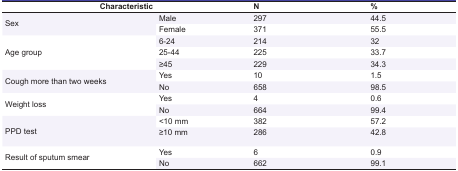
<table><thead><tr><td colspan="2"><b>Characteristic</b></td><td><b>N</b></td><td><b>%</b></td></tr></thead><tbody><tr><td rowspan="2"> Sex </td><td> Male </td><td> 297 </td><td> 44.5 </td></tr><tr><td> Female </td><td> 371 </td><td> 55.5 </td></tr><tr><td rowspan="3"> Age group </td><td> 6-24 </td><td> 214 </td><td> 32 </td></tr><tr><td> 25-44 </td><td> 225 </td><td> 33.7 </td></tr><tr><td> ≥45 </td><td> 229 </td><td> 34.3 </td></tr><tr><td rowspan="2"> Cough more than two weeks </td><td> Yes </td><td> 10 </td><td> 1.5 </td></tr><tr><td> No </td><td> 658 </td><td> 98.5 </td></tr><tr><td rowspan="2"> Weight loss </td><td> Yes </td><td> 4 </td><td> 0.6 </td></tr><tr><td> No </td><td> 664 </td><td> 99.4 </td></tr><tr><td rowspan="2"> PPD test </td><td> &lt;10 mm </td><td> 382 </td><td> 57.2 </td></tr><tr><td> ≥10 mm </td><td> 286 </td><td> 42.8 </td></tr><tr><td rowspan="2"> Result of sputum smear </td><td> Yes </td><td> 6 </td><td> 0.9 </td></tr><tr><td> No </td><td> 662 </td><td> 99.1 </td></tr></tbody></table>